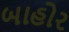
બાહોર